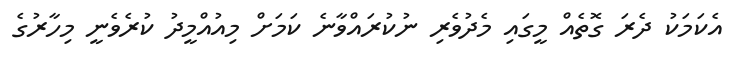
އެކަމަކު ދެރަ ގޮތެއް މީގައި މެދުވެރި ނުކުރައްވާނެ ކަމަށް މިއުއްމީދު ކުރެވެނީ މިހާރުގެ